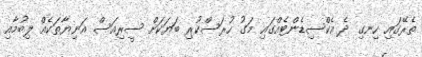
ތެރޭގައި ހިނގި ދެ އެކްސިޑެންޓެއްގައި މަގު ހުރަސްކުރި ބަޔަކަށް ސީރިއަސް އަނިޔާތަކެއް ލިބުމާއި